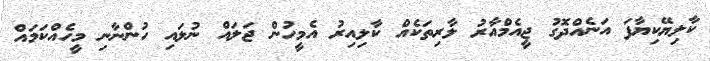
ކާލިޔޭކިޔާފަ އަނެއްދޮގު ޖީއެމްއާރު ލާރިތަކެއް ކާލިއިރު އެމީހުން ޖަލައް ނުލައި ހުންނާނި މީހެއްކަމައް